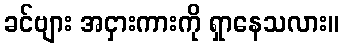
ခင်ဗျား အငှားကားကို ရှာနေသလား။